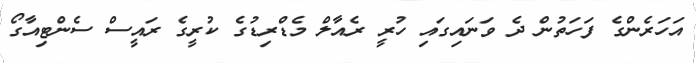
އަހަރެންގެ ފަހަތުން ދެ ވަނައިގައި ހުރީ ރެއާލް މެޑްރިޑުގެ ކުރީގެ ރައީސް ސެންޓިއާގޯ